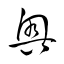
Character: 奥